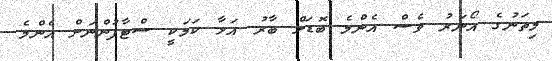
މިތަނުގެ އޯނަރު ވެސް އެންމެ ބޮޑަށް ބާރު އަޅާ ކަމަކީ ސްޓާފުންނަށް އެންމެ